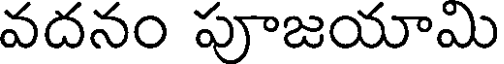
వదనం పూజయామి